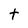
Character: t